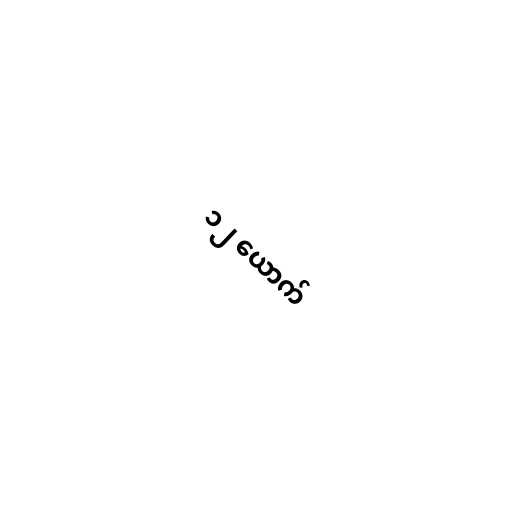
၁၂ ယောက်